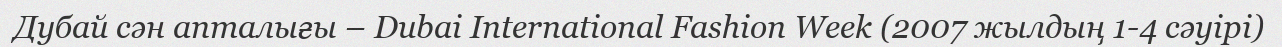
Дубай сән апталығы – Dubai International Fashion Week (2007 жылдың 1-4 сәуірі)